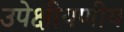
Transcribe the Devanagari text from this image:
उपेक्षीयणीय